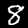
Digit: 8